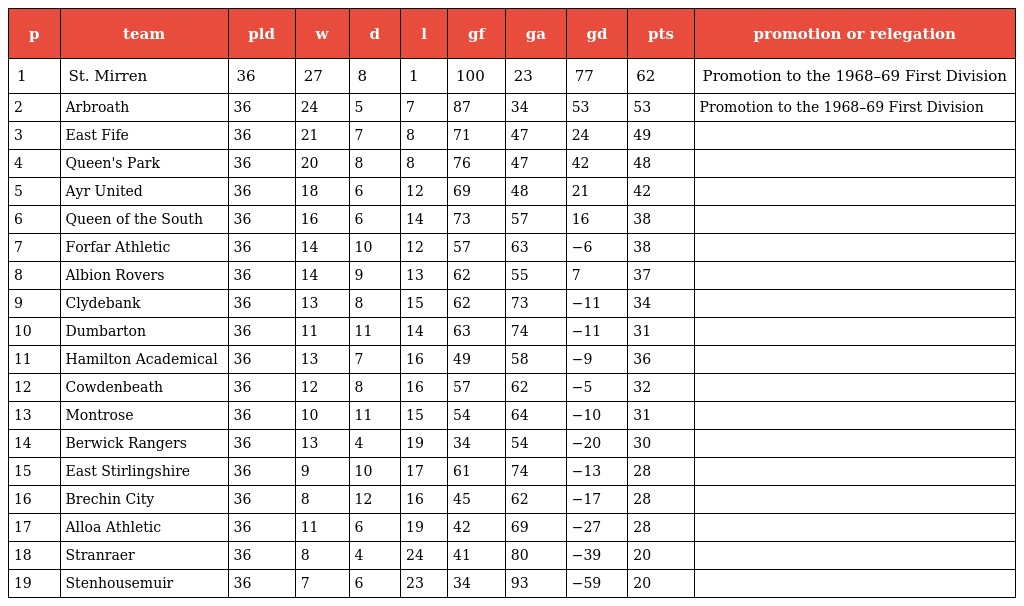
| p | team | pld | w | d | l | gf | ga | gd | pts | promotion or relegation |
 | --- | --- | --- | --- | --- | --- | --- | --- | --- | --- | --- |
 | 1 | St. Mirren | 36 | 27 | 8 | 1 | 100 | 23 | 77 | 62 | Promotion to the 1968–69 First Division |
 | 2 | Arbroath | 36 | 24 | 5 | 7 | 87 | 34 | 53 | 53 | Promotion to the 1968–69 First Division |
 | 3 | East Fife | 36 | 21 | 7 | 8 | 71 | 47 | 24 | 49 |  |
 | 4 | Queen's Park | 36 | 20 | 8 | 8 | 76 | 47 | 42 | 48 |  |
 | 5 | Ayr United | 36 | 18 | 6 | 12 | 69 | 48 | 21 | 42 |  |
 | 6 | Queen of the South | 36 | 16 | 6 | 14 | 73 | 57 | 16 | 38 |  |
 | 7 | Forfar Athletic | 36 | 14 | 10 | 12 | 57 | 63 | −6 | 38 |  |
 | 8 | Albion Rovers | 36 | 14 | 9 | 13 | 62 | 55 | 7 | 37 |  |
 | 9 | Clydebank | 36 | 13 | 8 | 15 | 62 | 73 | −11 | 34 |  |
 | 10 | Dumbarton | 36 | 11 | 11 | 14 | 63 | 74 | −11 | 31 |  |
 | 11 | Hamilton Academical | 36 | 13 | 7 | 16 | 49 | 58 | −9 | 36 |  |
 | 12 | Cowdenbeath | 36 | 12 | 8 | 16 | 57 | 62 | −5 | 32 |  |
 | 13 | Montrose | 36 | 10 | 11 | 15 | 54 | 64 | −10 | 31 |  |
 | 14 | Berwick Rangers | 36 | 13 | 4 | 19 | 34 | 54 | −20 | 30 |  |
 | 15 | East Stirlingshire | 36 | 9 | 10 | 17 | 61 | 74 | −13 | 28 |  |
 | 16 | Brechin City | 36 | 8 | 12 | 16 | 45 | 62 | −17 | 28 |  |
 | 17 | Alloa Athletic | 36 | 11 | 6 | 19 | 42 | 69 | −27 | 28 |  |
 | 18 | Stranraer | 36 | 8 | 4 | 24 | 41 | 80 | −39 | 20 |  |
 | 19 | Stenhousemuir | 36 | 7 | 6 | 23 | 34 | 93 | −59 | 20 |  |